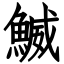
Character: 鰄